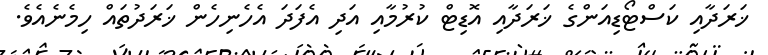
ޚަރަދާއި ކަސްޓޯޑިއަންގެ ޚަރަދާއި އޮޑިޓް ކުރުމާއި އަދި އެފަދަ އެހެނިހެން ޚަރަދުތައް ހިމެނެއެވެ.